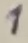
Text: 1